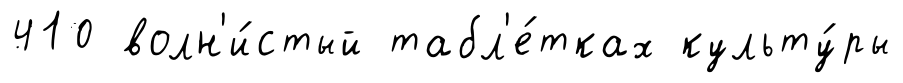
410 волн'и́стый табл'е́тках культу́ры